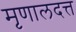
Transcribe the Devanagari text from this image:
मृणालदत्त